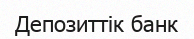
Депозиттік банк